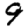
Digit: 9